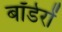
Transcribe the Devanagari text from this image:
बॉर्डरों